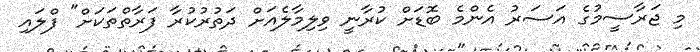
މި ޖަރާސީމުގެ އަސަރު އެންމެ ބޮޑަށް ކުރާނީ ވިލިމާލެއަށް ދަތުރުކުރާ ފަރާތްތަކަށް" ފްލައި